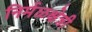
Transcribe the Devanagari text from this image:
निर्मळक्षेत्री